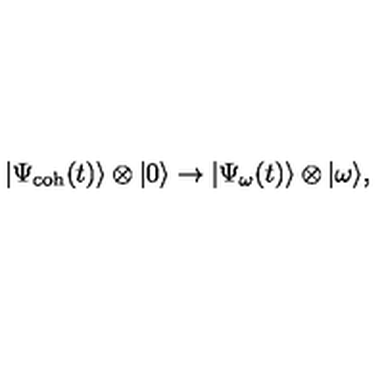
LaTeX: | \Psi _ { \mathrm { c o h } } ( t ) \rangle \otimes | 0 \rangle \rightarrow | \Psi _ { \omega } ( t ) \rangle \otimes | \omega \rangle ,